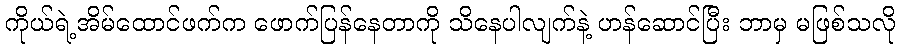
ကိုယ်ရဲ့အိမ်ထောင်ဖက်က ဖောက်ပြန်နေတာကို သိနေပါလျက်နဲ့ ဟန်ဆောင်ပြီး ဘာမှ မဖြစ်သလို